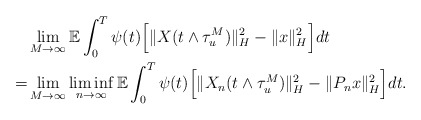
\begin{align*}& \lim_{M\rightarrow\infty}\mathbb{E} \int_0^T \psi(t) \Big[ \Vert X (t\wedge\tau_u^M) \Vert_H^2 - \Vert x \Vert_H^2 \Big] dt \\= & \lim_{M\rightarrow\infty}\liminf_{n\rightarrow\infty} \mathbb{E} \int_0^T \psi(t) \Big[ \Vert X_n (t\wedge\tau_u^M) \Vert_H^2 - \Vert P_n x \Vert_H^2 \Big] dt .\end{align*}